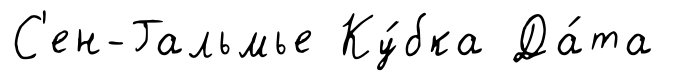
С'ен-Гальмье Ку́бка Да́та